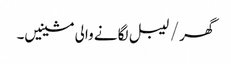
گھر / لیبل لگانے والی مشینیں۔